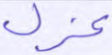
عزل